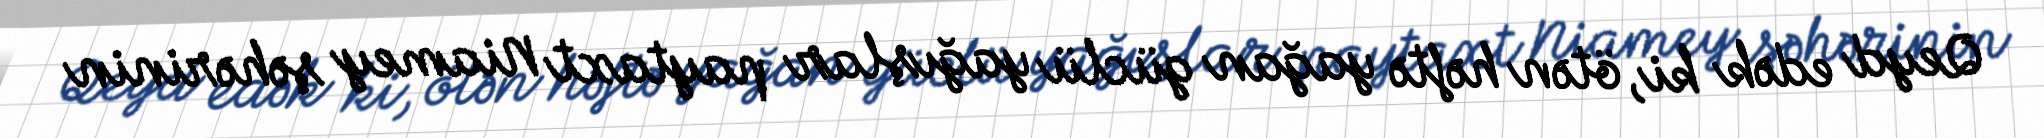
Qeyd edək ki, ötən həftə yağan güclü yağışlar paytaxt Niamey şəhərinin